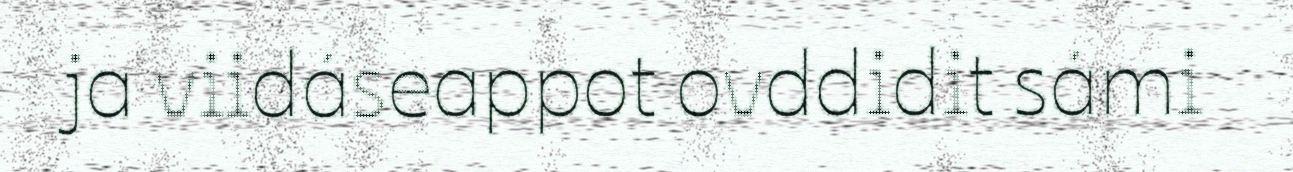
ja viidáseappot ovddidit sámi